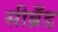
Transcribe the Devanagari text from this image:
सीब्रँड